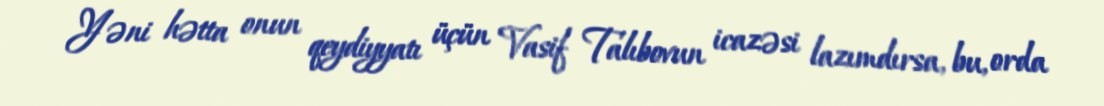
Yəni hətta onun qeydiyyatı üçün Vasif Talıbovun icazəsi lazımdırsa, bu, orda